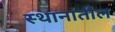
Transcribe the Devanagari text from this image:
स्थानांतील